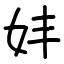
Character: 妦